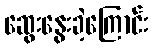
ဆွေးနွေးခဲ့ကြောင်း